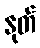
နုတ်